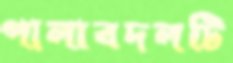
পালাবদলটি